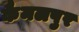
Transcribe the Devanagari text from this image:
कैमलपुर